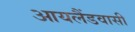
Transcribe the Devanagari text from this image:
आयलैंडवासी